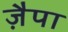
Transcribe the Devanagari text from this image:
ज़ैपा